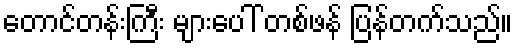
တောင်တန်းကြီး များပေါ် တစ်ဖန် ပြန်တက်သည်။